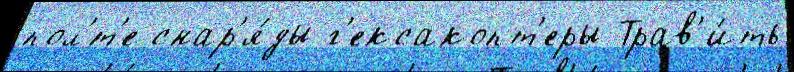
пол'́т'е снар'я́ды г'ексакопт'еры Трав'и́ть